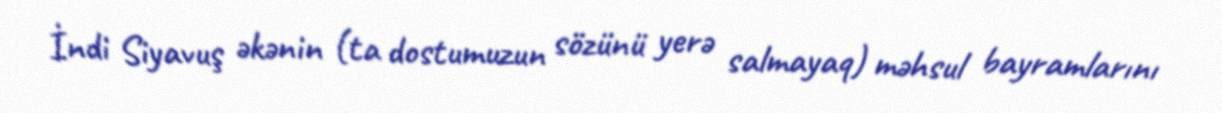
İndi Siyavuş əkənin (ta dostumuzun sözünü yerə salmayaq) məhsul bayramlarını